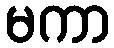
မကာ